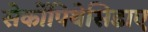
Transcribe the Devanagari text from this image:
सेर्कोपिथेसिडाए